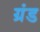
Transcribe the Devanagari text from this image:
ग्रंड